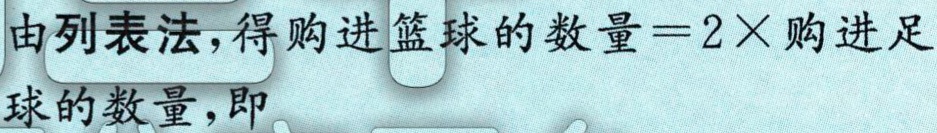
由列表法，得购进篮球的数量\( = 2\times\)购进足球的数量，即